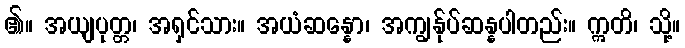
၏။ အယျပုတ္တ၊ အရှင်သား။ အယံဆန္နော၊ အကျွန်ုပ်ဆန္နပါတည်း။ ဣတိ၊ သို့။